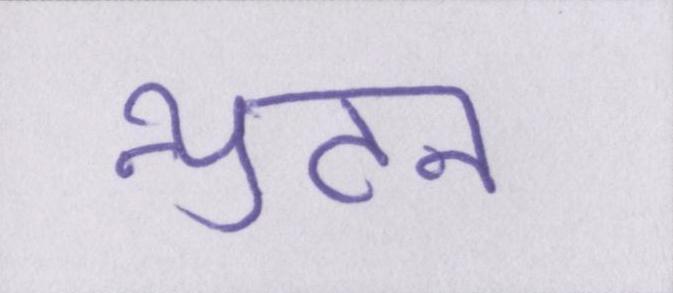
न्युटन